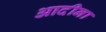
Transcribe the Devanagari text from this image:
आदीना